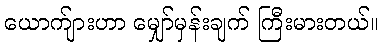
ယောက်ျားဟာ မျှော်မှန်းချက် ကြီးမားတယ်။